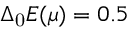
\Delta _ { \mathrm { 0 } } E ( \mu ) = 0 . 5